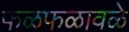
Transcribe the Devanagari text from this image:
फळफळावळे